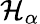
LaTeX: \mathcal{H}_{\alpha}